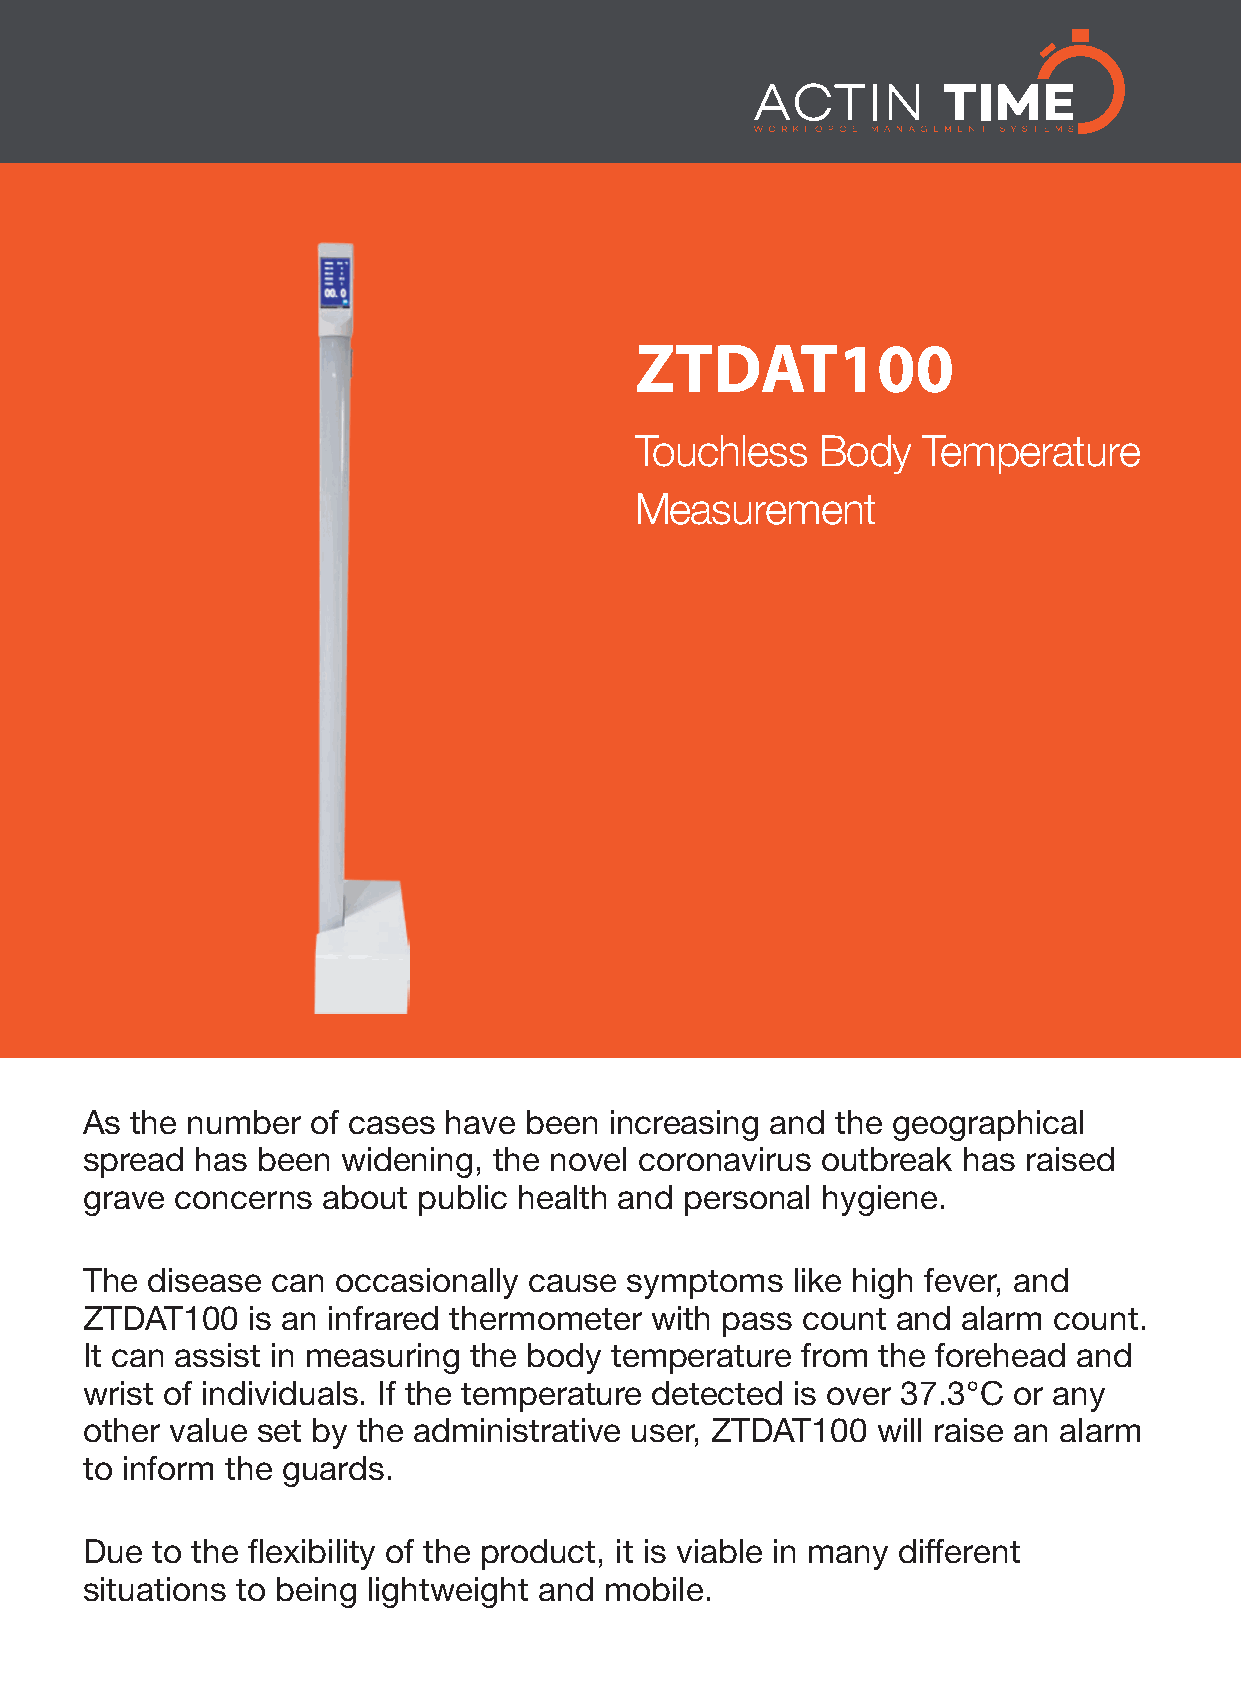
ZTDAT100
 Touchless   Body   Temperature
 Measurement
 As the number  of cases have been increasing and the geographical
 spread has been  widening, the novel coronavirus outbreak has raised
 grave concerns about  public health and personal hygiene.
 The disease can occasionally cause symptoms   like high fever, and
 ZTDAT100  is an infrared thermometer with pass count and  alarm count.
 It can assist in measuring the body temperature from the forehead and
 wrist of individuals. If the temperature detected is over 37.3°C or any
 other value set by the administrative user, ZTDAT100 will raise an alarm
 to inform the guards.
 Due to the flexibility of the product, it is viable in many different
 situations to being lightweight and mobile.